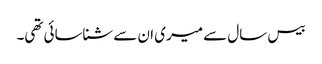
بیس سال سے میری ان سے شناسائی تھی۔